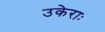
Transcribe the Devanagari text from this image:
उकेराः